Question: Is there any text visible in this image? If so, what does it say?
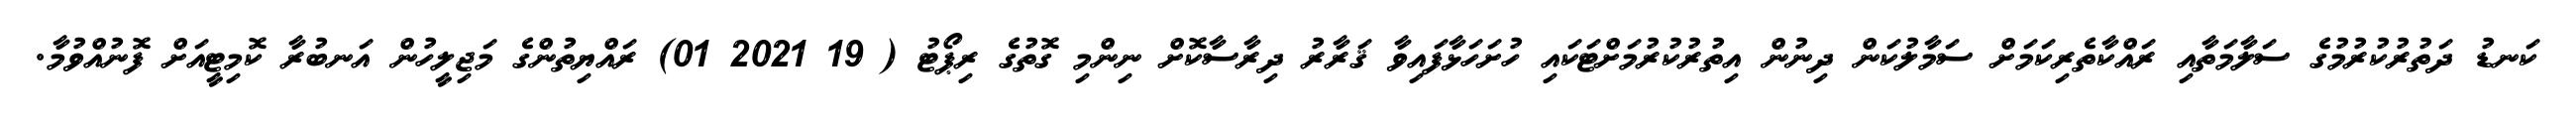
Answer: ކަނޑު ދަތުރުކުރުމުގެ ސަލާމަތާއި ރައްކާތެރިކަމަށް ސަމާލުކަން ދިނުން އިތުރުކުރުމަށްޓަކައި ހުށަހަޅާފައިވާ ޤަރާރު ދިރާސާކޮށް ނިންމި ގޮތުގެ ރިޕޯޓު ( 19 2021 01) ރައްޔިތުންގެ މަޖިލީހުން އަނބުރާ ކޮމިޓީއަށް ފޮނުއްވުމާ.